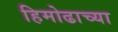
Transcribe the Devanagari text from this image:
हिमोढाच्या